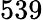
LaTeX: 539